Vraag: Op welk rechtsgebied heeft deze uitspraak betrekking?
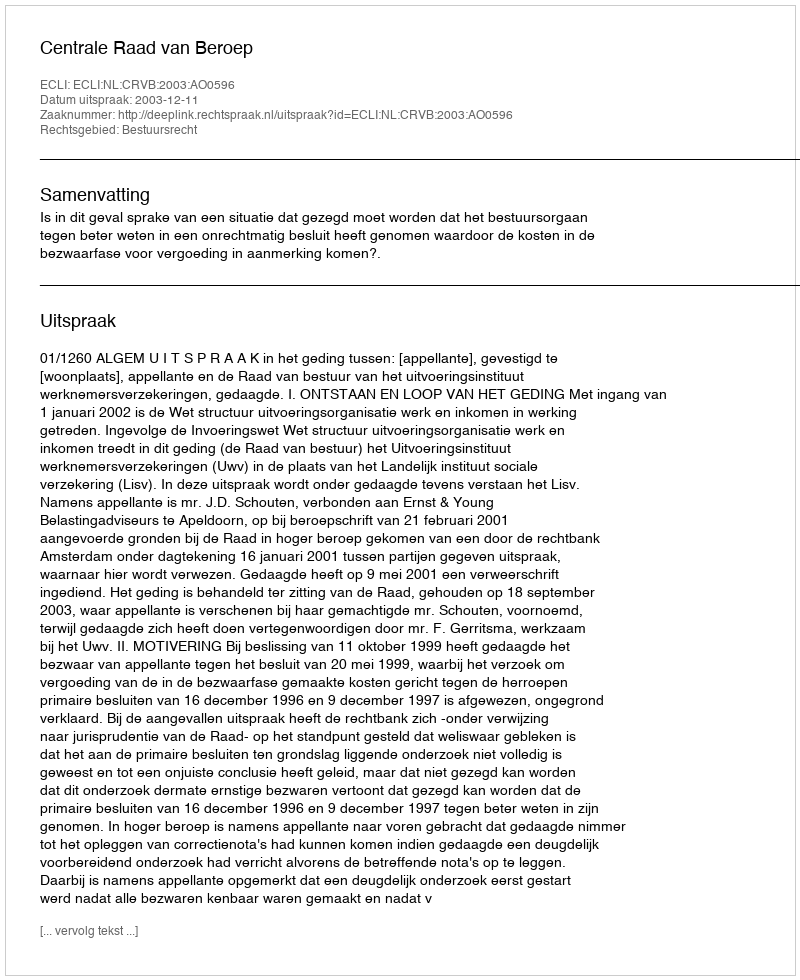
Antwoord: Bestuursrecht